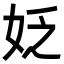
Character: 姂